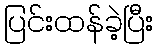
ပြင်းထန်ခဲ့ပြီး